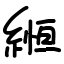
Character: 縆